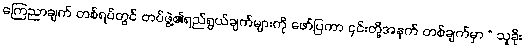
ကြေညာချက် တစ်ရပ်တွင် တပ်ဖွဲ့၏ရည်ရွယ်ချက်များကို ဖော်ပြကာ ၎င်းတို့အနက် တစ်ချက်မှာ “ သူခိုး